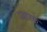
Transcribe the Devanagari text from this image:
स्‍मारके